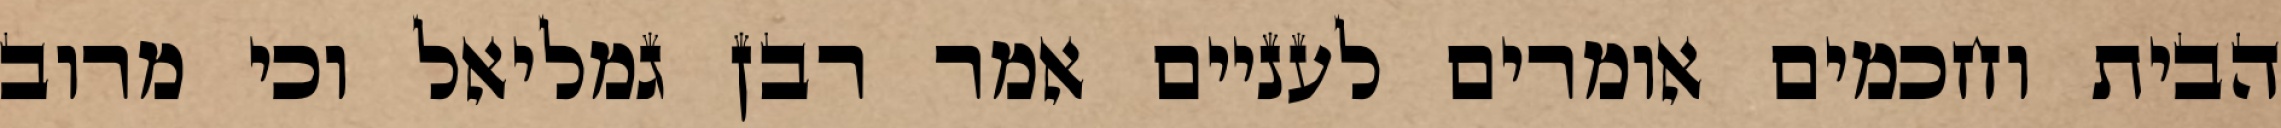
הבית וחכמים אומרים לעניים אמר רבן גמליאל וכי מרוב